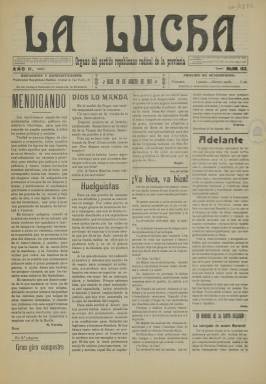
Título: La Lucha (Reus)
Colección: Periódicos
Ámbito geográfico: Tarragona
Lugar de publicación: Reus [Tarragona]
Fechas: 26/08/1911-26/08/1911